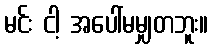
မင်း ငါ့ အပေါ်မမျှတဘူး။